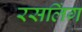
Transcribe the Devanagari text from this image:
रसलिंग